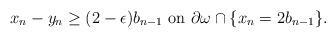
LaTeX: \begin{align*}x_n - y_n \geq (2 - \epsilon) b_{n-1} \mbox{ on } \partial \omega \cap \{x_n = 2 b_{n-1}\}.\end{align*}